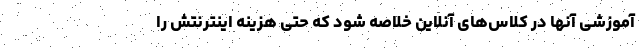
آموزشی آنها در کلاس‌های آنلاین خلاصه شود که حتی هزینه اینترنتش را